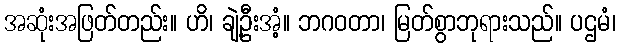
အဆုံးအဖြတ်တည်း။ ဟိ၊ ချဲ့ဦးအံ့။ ဘဂဝတာ၊ မြတ်စွာဘုရားသည်။ ပဌမံ၊